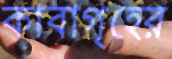
কাবাগৃহের